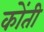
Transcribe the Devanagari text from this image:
कोंती